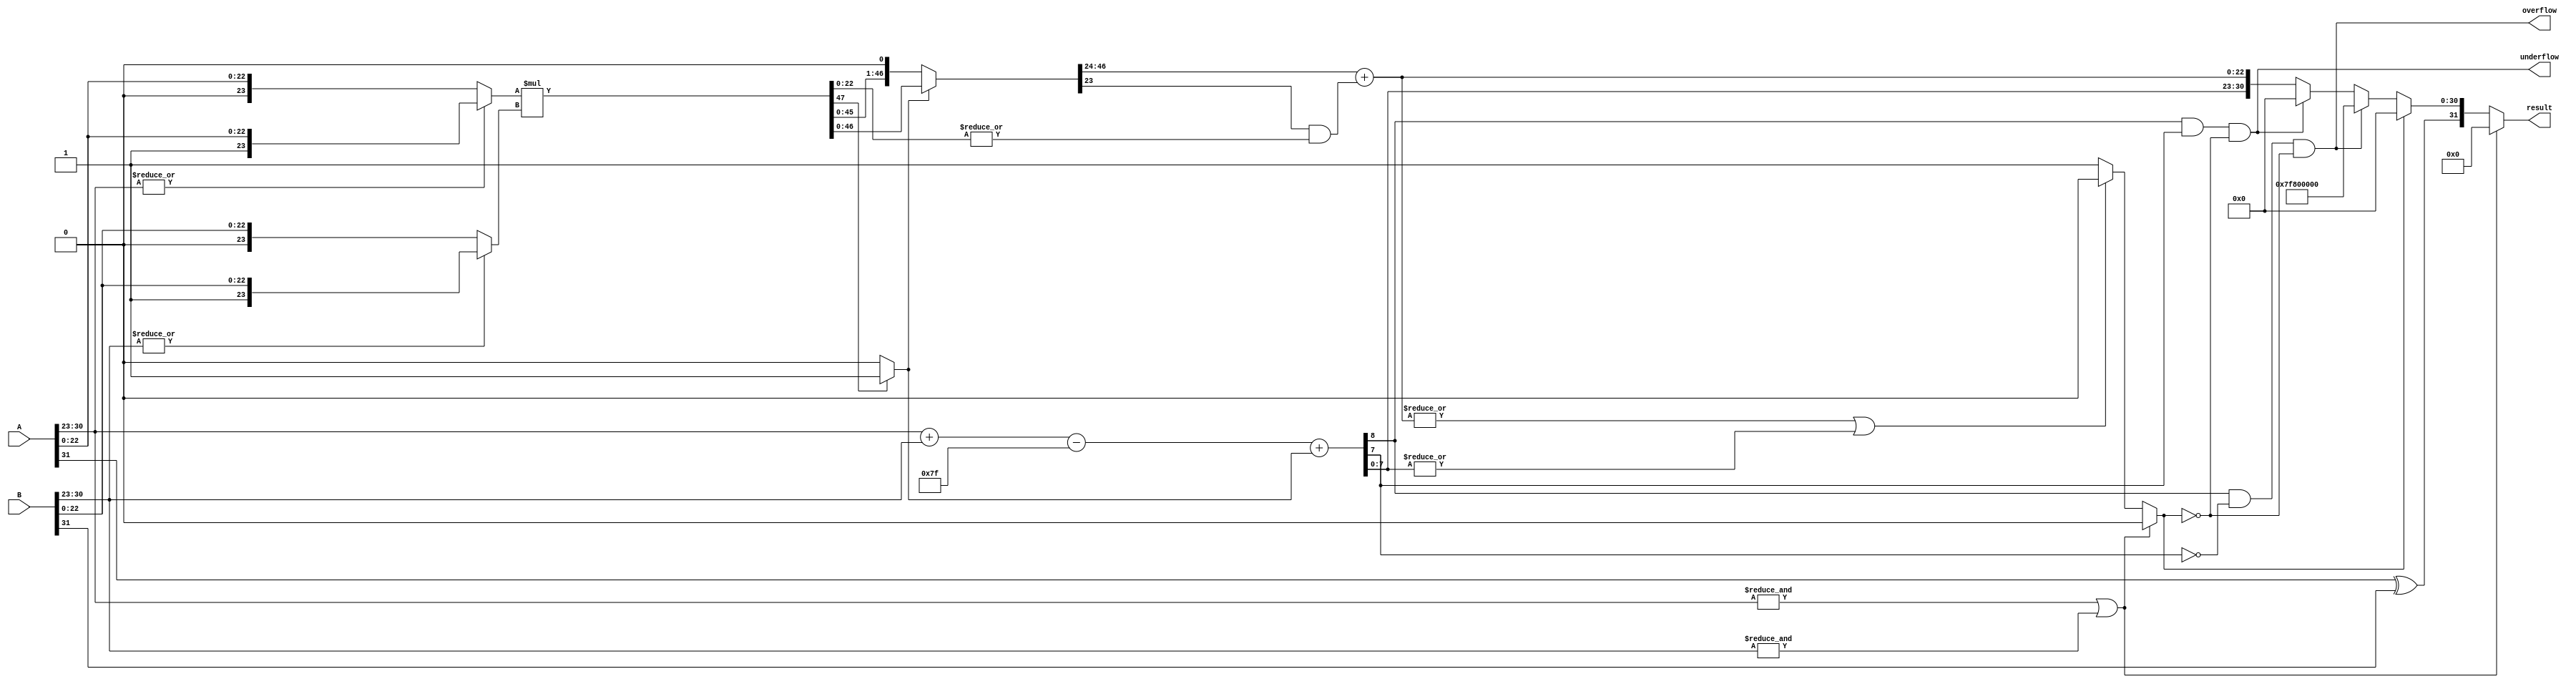
`timescale 1ns / 1ps
//////////////////////////////////////////////////////////////////////////////////
// Company: Student
// 
// Design Name: FPU
// Module Name: Mul
// Project Name: Floating Point ALU
// Target Devices: 
// Tool Versions: 
// Description: 
// 
// Dependencies: 
// 
// Revision:
// Revision 0.01 - File Created
// Additional Comments:
// 
//////////////////////////////////////////////////////////////////////////////////


module Mul(result,overflow,underflow, A, B);
input [31:0] A,B;
output [31:0] result;
output overflow,underflow;

wire [8:0] sum_exp;
wire [23:0] mantissa_a,mantissa_b;
wire [22:0] final_mantissa;
wire [47:0] product_mantissa,normalised_product;
wire sign,exception,round,normalised,zero;

assign sign = A[31]^B[31];
assign mantissa_a = (|A[30:23])? {1'b1,A[22:0]} : {1'b0,A[22:0]};
assign mantissa_b = (|B[30:23])? {1'b1,B[22:0]} : {1'b0,B[22:0]};

assign exception = &A[30:23] | &B[30:23];
assign product_mantissa = mantissa_a * mantissa_b;
assign round = |product_mantissa[22:0];
assign normalised = product_mantissa[47]? 1'b1:1'b0;
assign normalised_product = normalised ? product_mantissa : product_mantissa<<1;

assign final_mantissa = normalised_product[46:24] + (normalised_product[23]&round); 

assign sum_exp = A[30:23] + B[30:23] - 8'd127 + normalised;

assign zero = exception?1'b0 : (|final_mantissa | |sum_exp[7:0])? 1'b0 : 1'b1;
assign overflow = (sum_exp[8] & !sum_exp[7] & !zero); 
assign underflow = (sum_exp[8] & sum_exp[7] & !zero); 

assign result = exception? 32'd0 : zero ? {sign,31'd0} : overflow ? {sign,8'hFF,23'd0} : underflow ? {sign,31'd0} : {sign,sum_exp[7:0],final_mantissa};
/*
initial begin
    $monitor($time,"sum_exp =%b / sign=%b / final_matissa=%b",sum_exp,sign,product_mantissa);
end
*/
endmodule